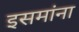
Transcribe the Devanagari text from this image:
इसमांना